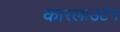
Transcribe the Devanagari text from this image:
कारलाउटेन